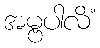
အမ္ဗပါလိံ